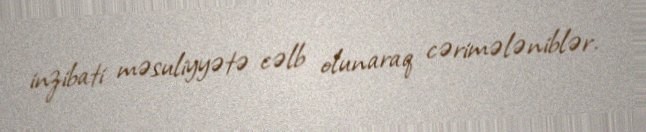
inzibati məsuliyyətə cəlb olunaraq cərimələniblər.